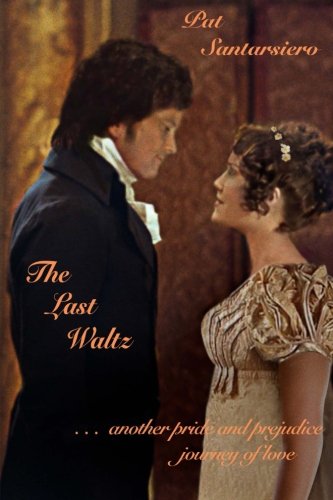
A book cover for The Last Waltz; Pat Santarsiero; Romance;